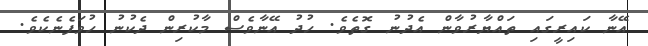
އޭނާ ކައިރީގައި ތައްޔާރުވާން އެދުނު ގޮތެވެ. ހުދު އޭނާވެސް މާކުރިން ދެކުނު ހުވަފެނެކެވެ.